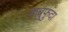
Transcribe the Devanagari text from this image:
कबुफुदा